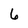
Character: 6